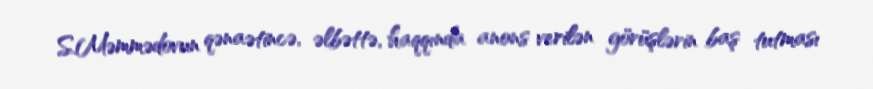
S.Məmmədovun qənaətincə, əlbəttə, haqqında anons verilən görüşlərin baş tutması